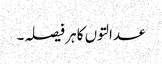
عدالتوں کا ہر فیصلہ۔